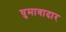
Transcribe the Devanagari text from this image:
घुमावादार